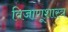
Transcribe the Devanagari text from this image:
विजाणूशास्त्र